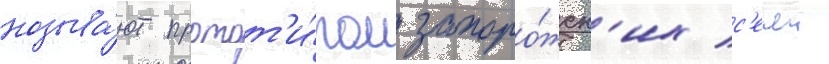
называ́ют протот'и́пом запоро́жск'их с'ечеи